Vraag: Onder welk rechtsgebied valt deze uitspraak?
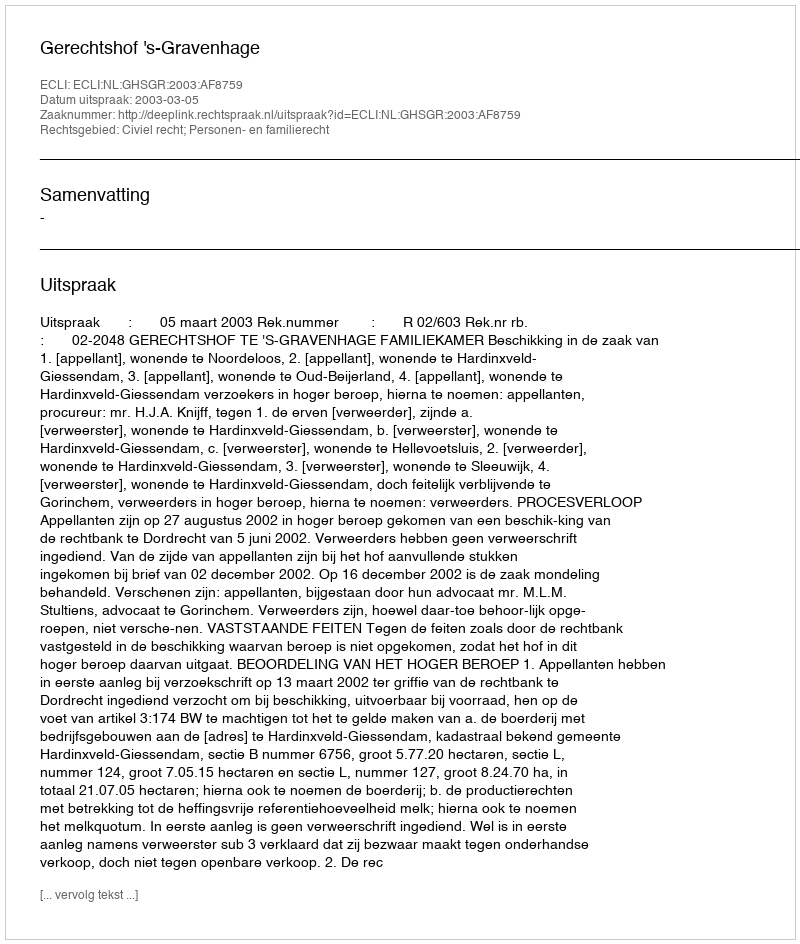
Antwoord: Civiel recht; Personen- en familierecht